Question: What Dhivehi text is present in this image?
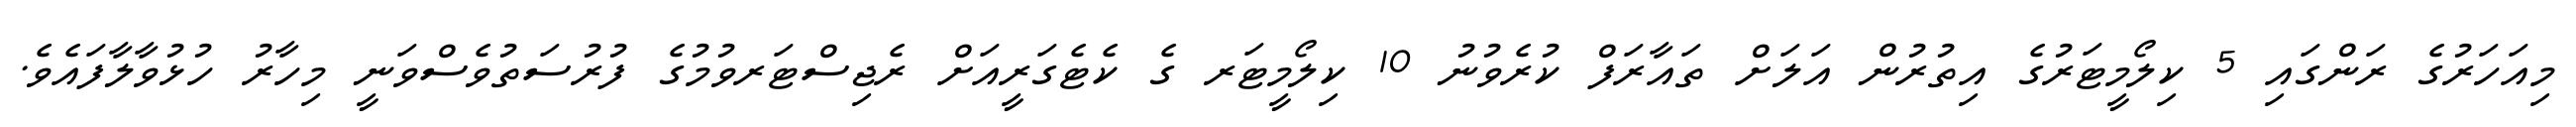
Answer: މިއަހަރުގެ ރަންގައި 5 ކިލޯމީޓަރުގެ އިތުރުން އަލަށް ތައާރަފް ކުރެވުނު 10 ކިލޯމީޓަރ ގެ ކެޓެގަރީއަށް ރެޖިސްޓަރވުމުގެ ފުރުސަތުވެސްވަނީ މިހާރު ހުޅުވާލާފައެވެ.